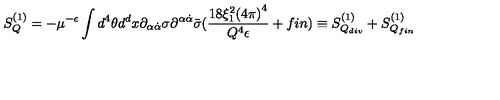
S _ { Q } ^ { ( 1 ) } = - \mu ^ { - \epsilon } \int d ^ { 4 } \theta d ^ { d } x \partial _ { \alpha \dot { \alpha } } \sigma \partial ^ { \alpha \dot { \alpha } } \bar { \sigma } ( \frac { 1 8 \xi _ { 1 } ^ { 2 } { ( 4 \pi ) } ^ { 4 } } { Q ^ { 4 } \epsilon } + f i n ) \equiv S _ { Q _ { d i v } } ^ { ( 1 ) } + S _ { Q _ { f i n } } ^ { ( 1 ) }